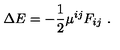
\Delta E = - { \frac { 1 } { 2 } } \mu ^ { i j } F _ { i j } \ .